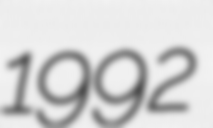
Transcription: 1992